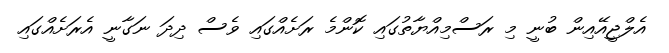
އެލްޖީއޭއިން ބުނީ މި ރަސްމިއްޔާތުގައި ކޮންމެ ރަށެއްގައި ވެސް ދިދަ ނަގާނީ އެރަށެއްގައި